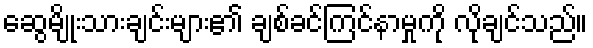
ဆွေမျိုးသားချင်းများ၏ ချစ်ခင်ကြင်နာမှုကို လိုချင်သည်။